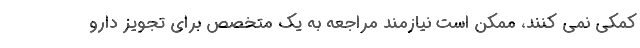
کمکی نمی کنند، ممکن است نیازمند مراجعه به یک متخصص برای تجویز دارو